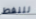
للنفط